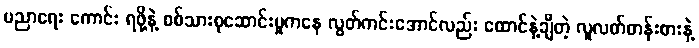
ပညာရေး ကောင်း ရဖို့နဲ့ စစ်သားစုဆောင်းမှုကနေ လွတ်ကင်းအောင်လည်း ထောင်နဲ့ချီတဲ့ လူလတ်တန်းစားနဲ့